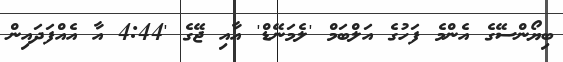
ބިޔޯންސޭގެ އެންމެ ފަހުގެ އަލްބަމް 'ލެމަނޭޑް' އާއި ޖޭގެ '4:44 އާ އެއްފަދައިން